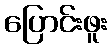
ပြောင်းဖူး